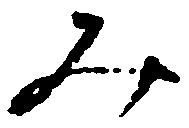
み